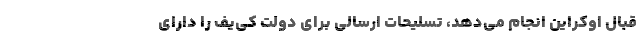
قبال اوکراین انجام می‌دهد، تسلیحات ارسالی برای دولت کی‌یف را دارای